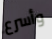
وأسرع